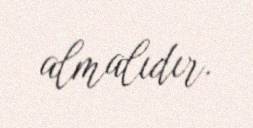
almalıdır.